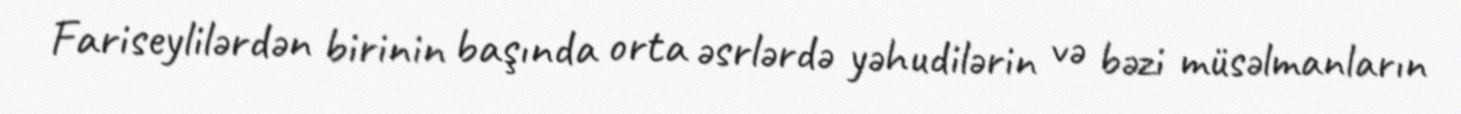
Fariseylilərdən birinin başında orta əsrlərdə yəhudilərin və bəzi müsəlmanların